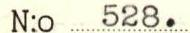
N:o 528.